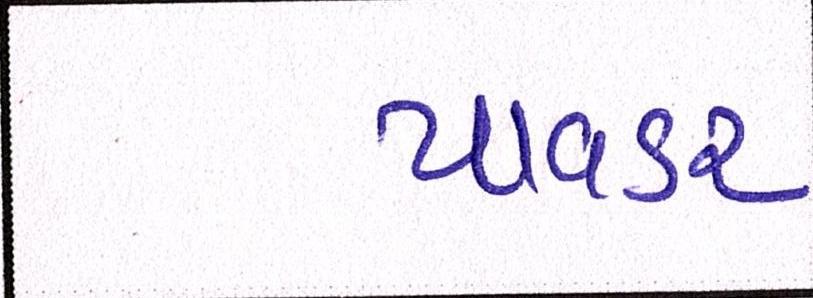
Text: પાવડર